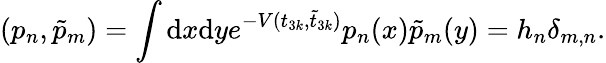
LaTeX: (p_{n},\tilde{p}_{m})=\int\mathrm{d}x\mathrm{d}ye^{-V(t_{3k},\tilde{t}_{3k})}p_{n}(x)\tilde{p}_{m}(y)=h_{n}\delta_{m,n}.